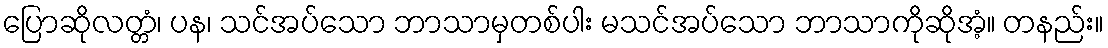
ပြောဆိုလတ္တံ၊ ပန၊ သင်အပ်သော ဘာသာမှတစ်ပါး မသင်အပ်သော ဘာသာကိုဆိုအံ့။ တနည်း။